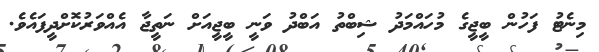
މިނެޓު ފަހުން ބީޖީގެ މުހައްމަދު ޝިބްތު އަބްދު ވަނީ ބީޖީއަށް ނަތީޖާ އެއްވަރުކޮށްދީފައެވެ.